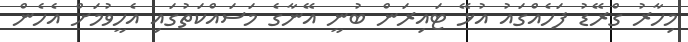
މިހާރު ގްރޭޑު ފަހެއްގައު އުޅޭ ޓައިރަން ބުނީ އޭނާގެ މަސައްކަތުގައި އެހީވުމަށް އެހެން